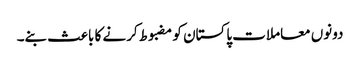
دونوں معاملات پاکستان کو مضبوط کرنے کا باعث بنے۔